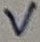
Text: V